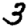
Digit: 3